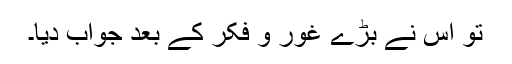
تو اس نے بڑے غور و فکر کے بعد جواب دیا۔